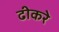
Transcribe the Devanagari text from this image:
ढीकरे